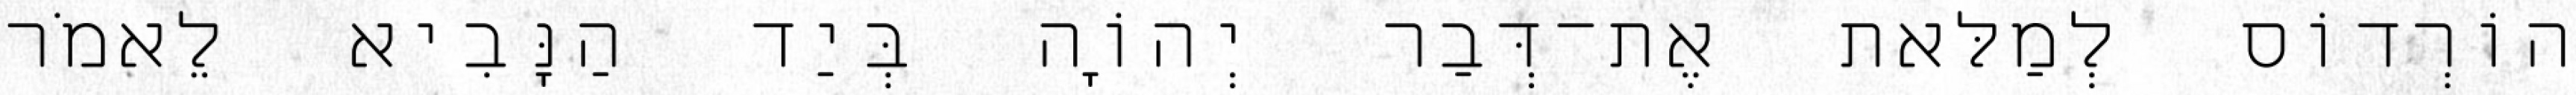
הוֹרְדוֹס לְמַלּאת אֶת־דְּבַר יְהוָֹה בְּיַד הַנָּבִיא לֵאמֹר